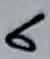
Text: 6